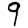
Digit: 9